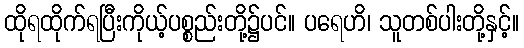
ထိုရထိုက်ရပြီးကိုယ့်ပစ္စည်းတို့၌ပင်။ ပရေဟိ၊ သူတစ်ပါးတို့နှင့်။